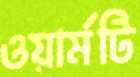
ওয়ার্মটি